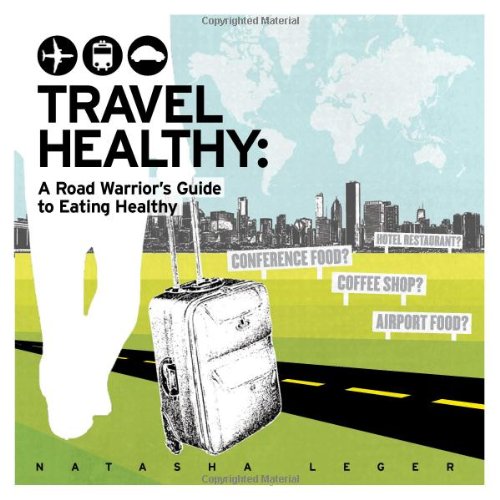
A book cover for Travel Healthy: A Road Warrior's Guide to Eating Healthy; Natasha Leger; Travel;